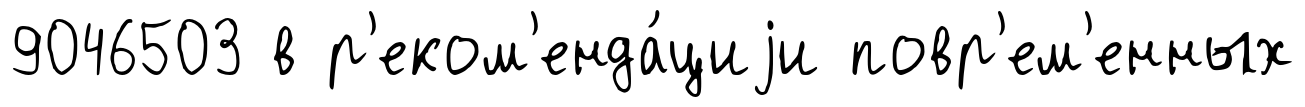
9046503 в р'еком'енда́циjи повр'ем'енных